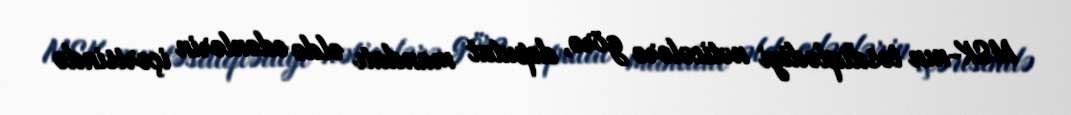
MSK-nın təsdiqlədiyi nəticələrə görə, deputat mandatı əldə edənlərin içərisində